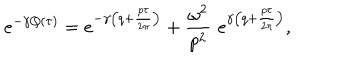
e ^ { - \gamma Q ( \tau ) } = e ^ { - \gamma \left( q + \frac { p \tau } { 2 \pi } \right) } + \frac { \omega ^ { 2 } } { p ^ { 2 } } \, \, e ^ { \gamma \left( q + \frac { p \tau } { 2 \pi } \right) } ,